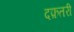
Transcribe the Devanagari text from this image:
दफ़तरी